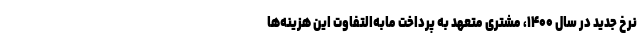
نرخ جدید در سال ۱۴۰۰، مشتری متعهد به پرداخت مابه‌التفاوت این هزینه‌ها